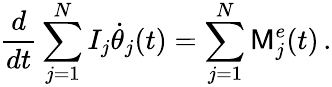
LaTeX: \frac{d}{dt}\sum_{j=1}^{N}I_{j}\dot{\theta}_{j}(t)=\sum_{j=1}^{N}\mathsf{M}_{j}^{e}(t)\, .